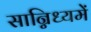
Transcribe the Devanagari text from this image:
सान्निध्‍यमें